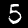
Digit: 5